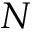
N